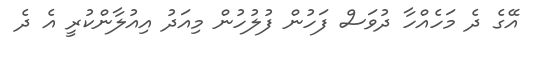
އޭގެ ދެ މަހެއްހާ ދުވަސް ފަހުން ފުލުހުން މިއަދު އިއުލާންކުރީ އެ ދެ